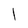
Character: l